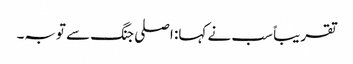
تقریباً سب نے کہا: اصلی جنگ سے توبہ۔